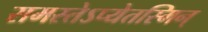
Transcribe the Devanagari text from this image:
समस्तेऽप्येतस्मिन्